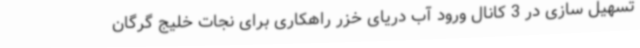
تسهیل سازی در 3 کانال ورود آب دریای خزر راهکاری برای نجات خلیج گرگان